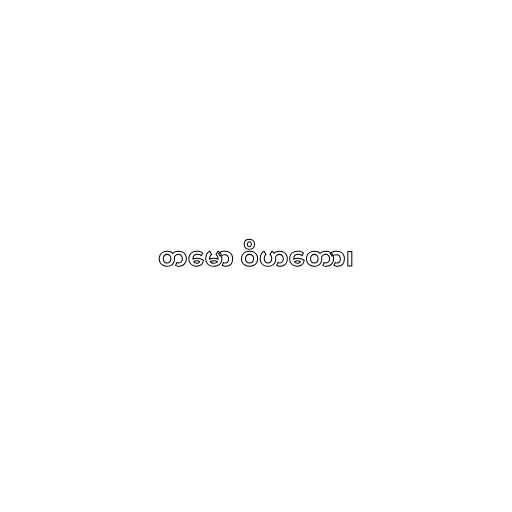
တမော ဝိဟတော၊